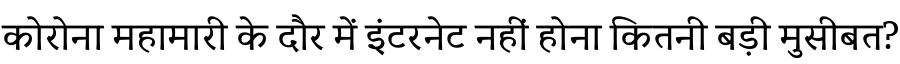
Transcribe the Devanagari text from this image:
कोरोना महामारी के दौर में इंटरनेट नहीं होना कितनी बड़ी मुसीबत?